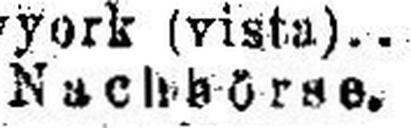
Nachbörse.